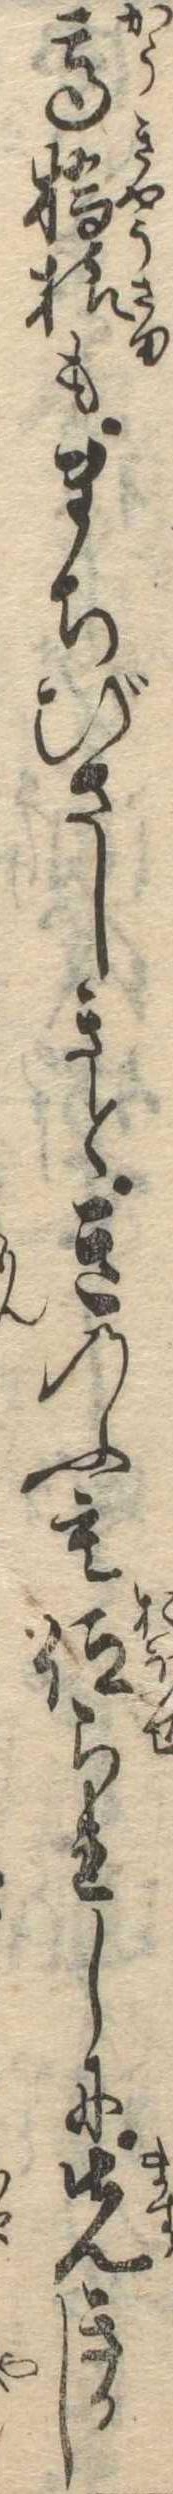
高橋様もまちびさしきときのふも仰られしに先きかし